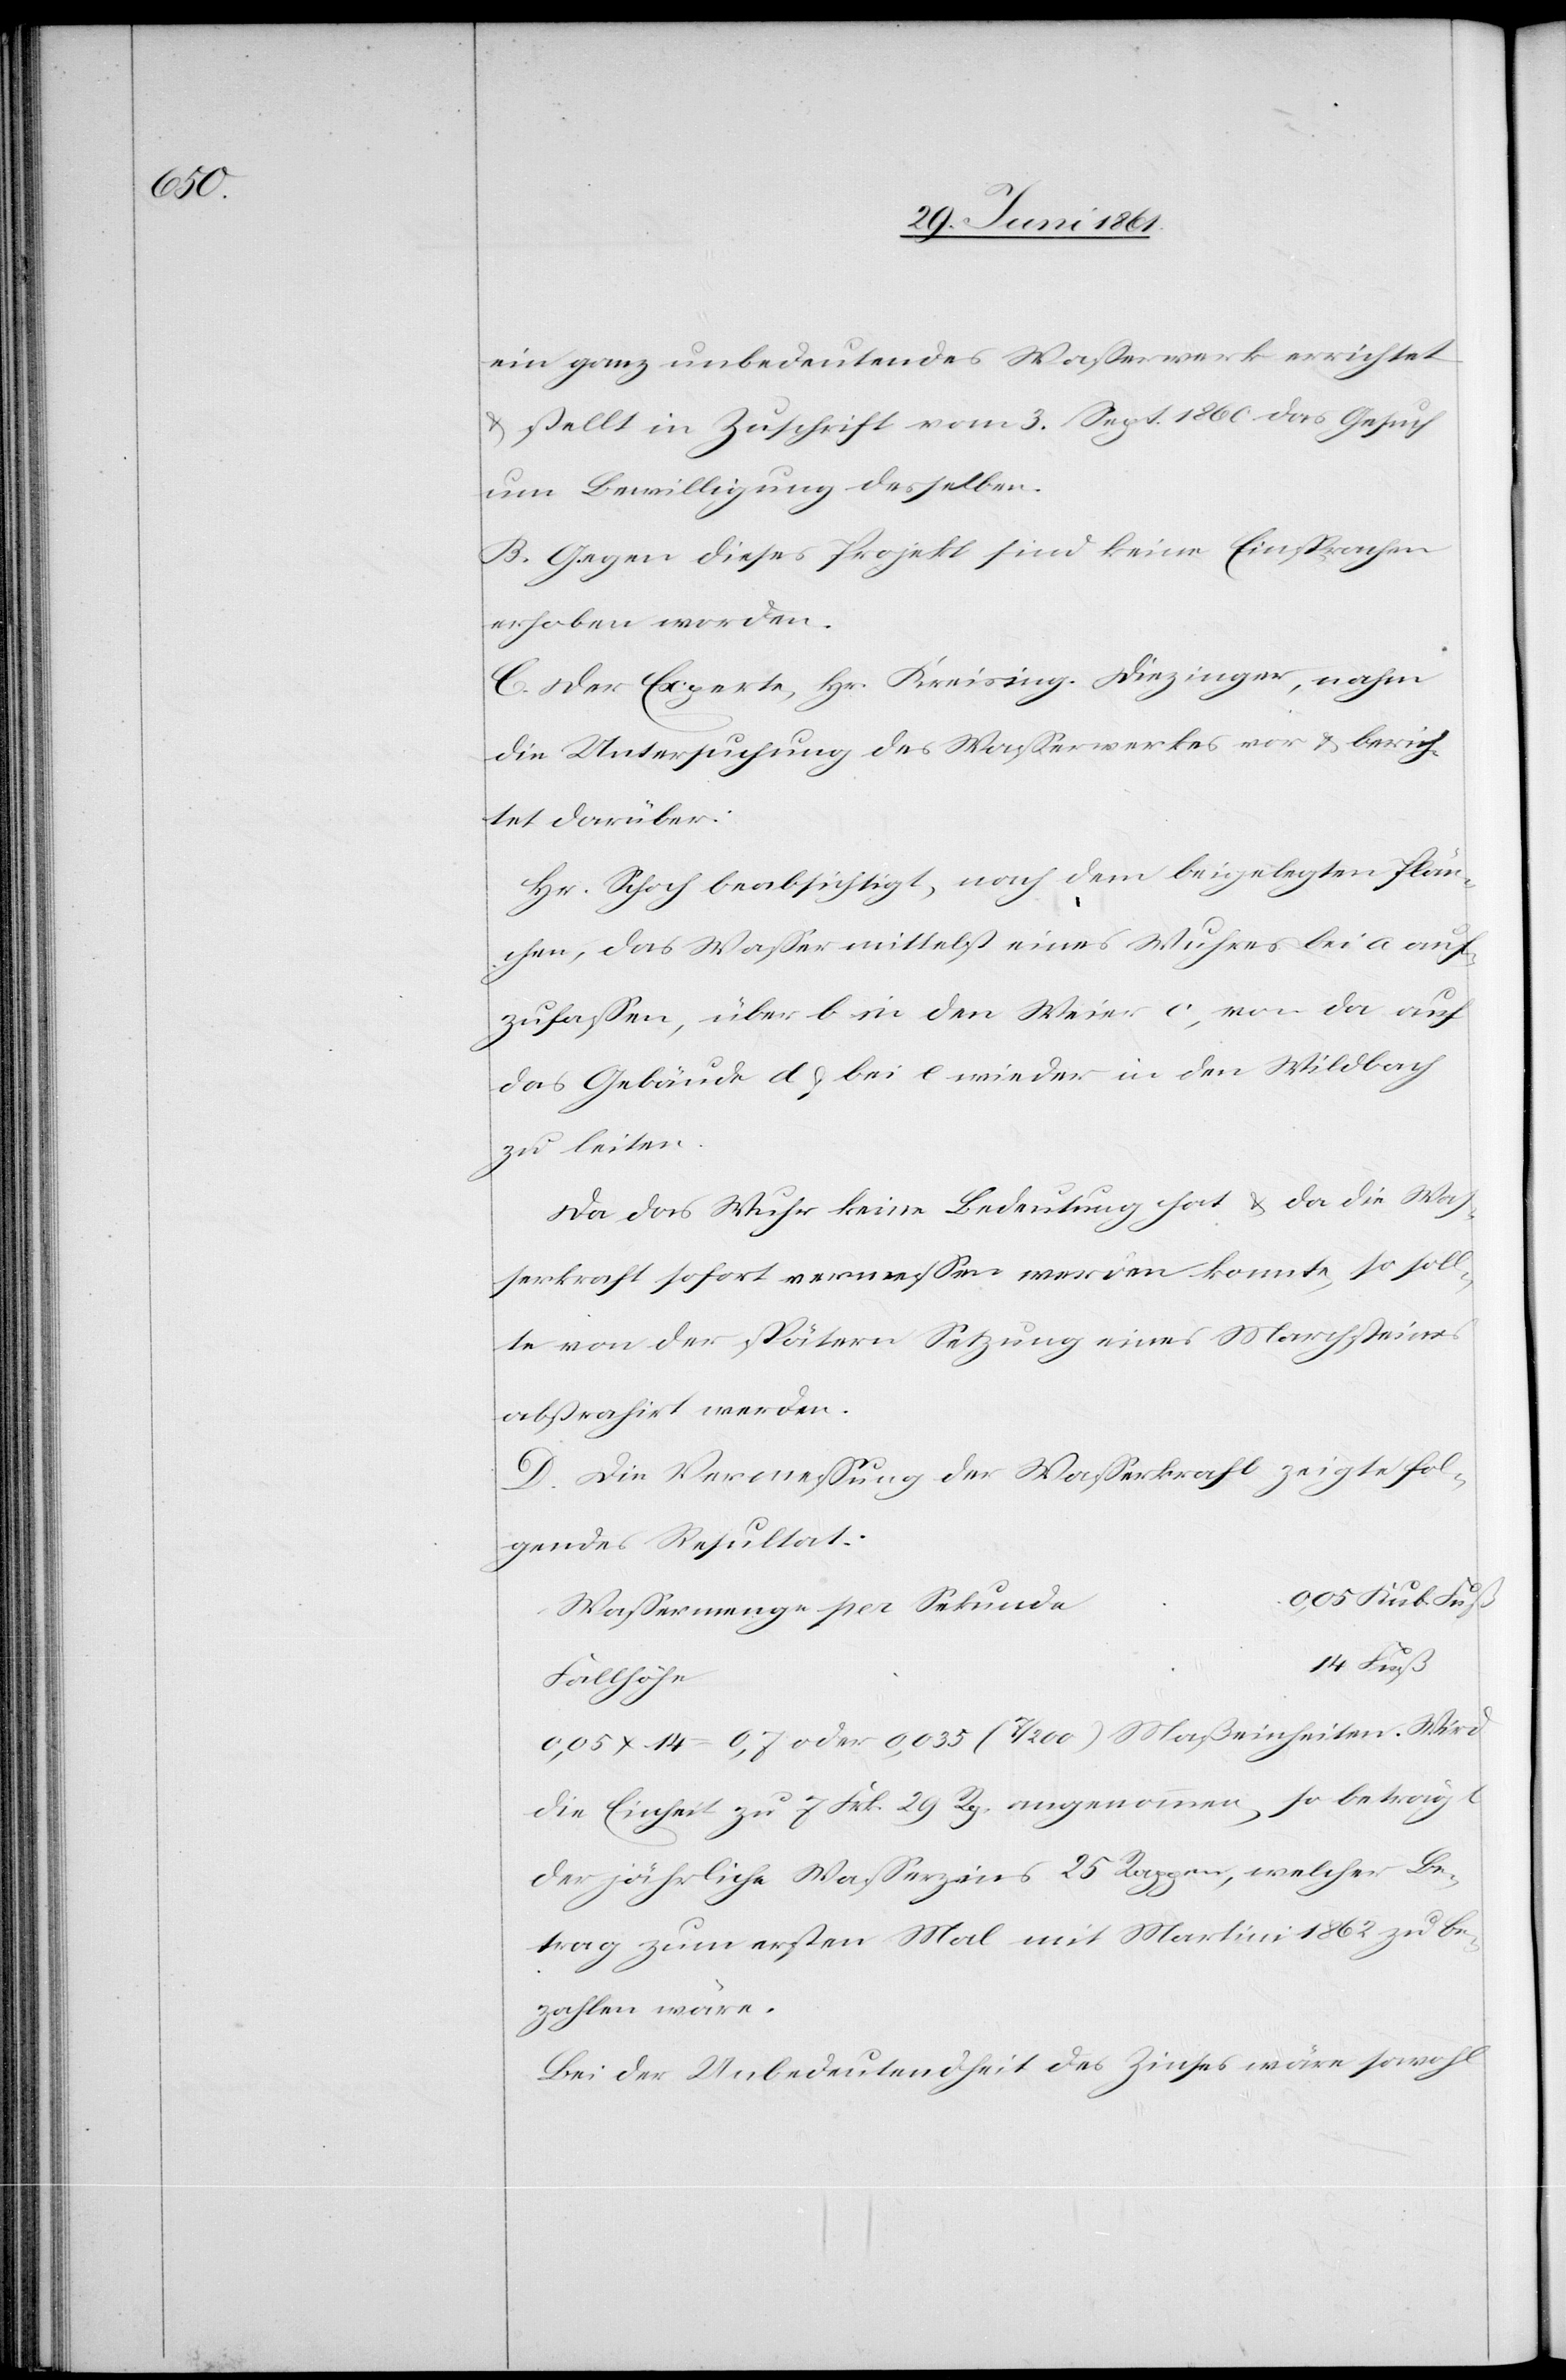
e		0,05

ein ganz unbedeutendes Wasserwerk errichtet
u. stellt in Zuschrift vom 3. Sept. 1860 das Gesuch
um Bewilligung desselben.
B. Gegen dieses Projekt sind keine Einsprachen
erhoben worden.
C. Der Experte, Hr. Kreising. Diezinger, nahm
die Untersuchung des Wasserwerkes vor u. berich¬
tet darüber:
Hr. Schoch beabsichtigt, nach dem beigelegten Plän¬
chen, das Wasser mittelst eines Wuhres bei a auf¬
zufassen, über b in den Weier c, von da auf
das Gebäude d u. bei e wieder in den Wildbach
zu leiten.
Da das Wuhr keine Bedeutung hat u. da die Was¬
serkraft sofort vermessen werden konnte, so soll¬
te von der spätern Setzung eines Marchsteines
abstrahirt werden.
D. Die Vermessung der Wasserkraft zeigte fol¬
gendes Resultat:
Wassermenge per Sekund¬
Kub. Fuß.
0,05 x 14 = 0,7 oder 0,035 (7/200) Maßeinheiten. Wird
die Einheit zu 7 Frk. 29 Rp. angenommen, so beträgt
der jährliche Wasserzins 25 Rappen, welcher Be¬
trag zum ersten Mal mit Martini 1862 zu be¬
zahlen wäre.
Bei der Unbedeutendheit des Zinses wäre sowohl